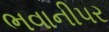
ભવાનીપર